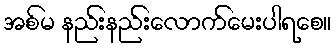
အစ်မ နည်းနည်းလောက်မေးပါရစေ။